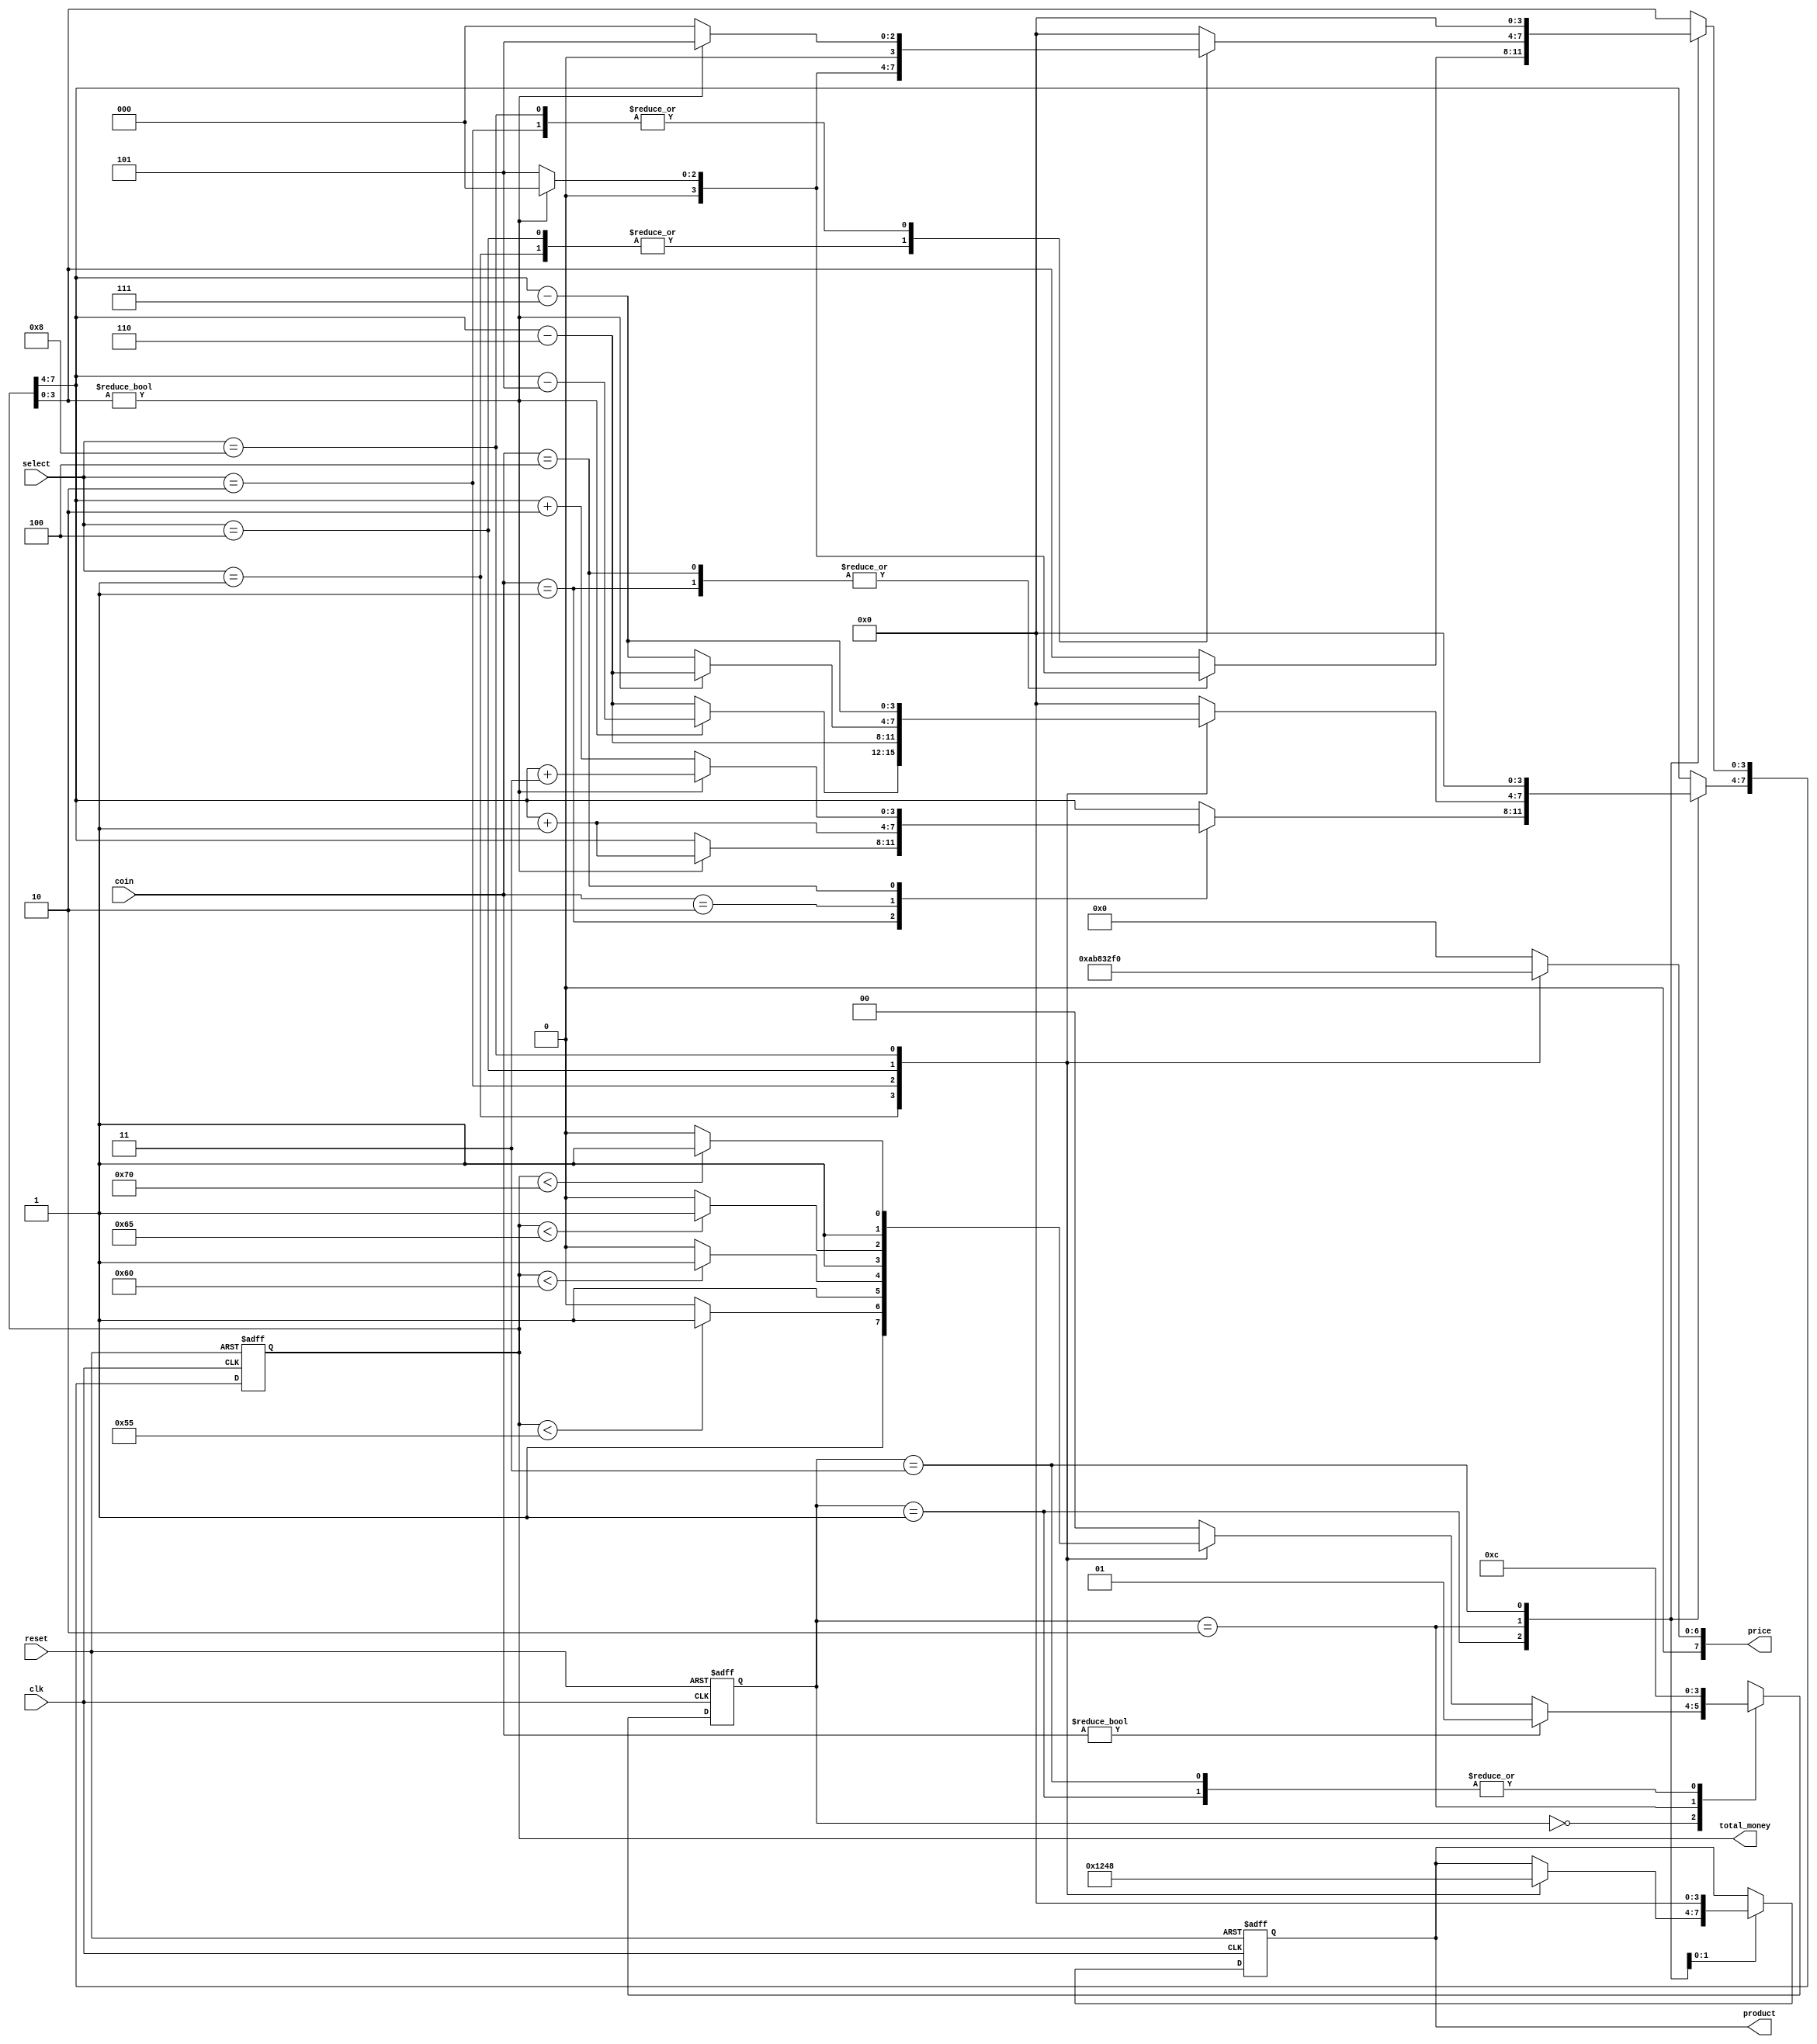
`timescale 1ns / 1ps

// Module Name:    VendingMachine

 
//    Design for a vending machine controller circuit that takes
//    as inputs product selection and coins and, provides cash balance and a
//    requested product as outputs, then displays them on the FPGA board.
//    The design of this sequential digital circuit uses the finite state
//    machine (FSM) model.

//    The vending machine has a coin-in mechanism that can accept nickels, dimes, and quarters.
//    Assume that a pulse is generated when a coin is entered. Use BTNL, BTNC, and BTNR for
//    the coins. (BTNU or BTND can be used as a master reset but note that the system should
//    automatically reset after dispensing a product.)
//    Use two of the 7-segment LED displays to display the total amount entered, which can be as
//    high as 35. If the customer deposits more than 35, the vending machine controller only
//    registers 35.
//    The vending machine has four products, costing 15, 20, 25, and 30. Use the slider switches
//    (SW0 through SW3) to select one of the products.
//    Use the remaining two 7-segment LED displays to display the cost of the product selected.
//    If the required amount (or more) has been entered, the machine should provide the product
//    (turn on the corresponding LD0 through LD3 to indicate that the product is being dispensed).
//    After a vending machine dispenses a product, it also releases the balance amount as change.
//    Use the two 7-digit displays which show the amount entered to display the change given back.
//    After the change is dispensed, the LED returns to off and the balance returns to 0.

//////////////////////////////////////////////////////////////////////////////////

module VendingMachine(
    input clk,
    input reset,
    input [2:0] coin,
    input [3:0] select,
    output reg [7:0] price,
    output reg [7:0] total_money,
    output reg [3:0] product
    );


	parameter [1:0] S0 = 2'b00,//IDLE
						 S1 = 2'b01,//Count Money
						 S2 = 2'b10,//Dispense Product
						 S3 = 2'b11;// Dispense Change
			
	parameter [7:0] P0 = 8'b01010101,//55
						 P1 = 8'b01100000,//60
						 P2 = 8'b01100101,//65
						 P3 = 8'b01110000;//70
						 
	/*parameter [7:0] C0 = 8'b00000101,//nickel 5
						 C1 = 8'b00010000,//dime 10
						 C2 = 8'b00100101;//quarter 25
	*/

   reg [1:0] state,next_state;

	always @(*)
		case(select)
			4'b0001:
				price <= P0;
			4'b0010:
				price <= P1;
			4'b0100:
				price <= P2;
			4'b1000:
				price <= P3;
			default: price <= 8'd0;
		endcase
	
	always @(posedge clk or posedge reset)
		if (reset) state <= S0;
		else state <= next_state;
		
	always @(*)
		begin
		next_state = S0;
		case (state)
			S0:
				if (coin) next_state = S1;
				else 
					case (select) 
						4'b0001:
							if (total_money < P0) next_state = S3;
							else next_state = S2;
						4'b0010:
							if (total_money < P1) next_state = S3;
							else next_state = S2;
						4'b0100:
							if (total_money < P2) next_state = S3;
							else next_state = S2;
						4'b1000:
							if (total_money < P3) next_state = S3;
							else next_state = S2;
						default: next_state = S0;
					endcase
			S1:
				next_state = S0;
			S2:
				next_state = S3;
			S3: 
				next_state = S0;
			default: next_state = S0;
		endcase
		end
	
		
	always @(posedge clk or posedge reset)
		if (reset)
			begin	
			total_money <= 7'd0;
			product <= 4'b0000;
			end
		else begin
			case(state)
				//S0:
				S1:
					case(coin)
						3'b001:
							if (total_money[3:0]) begin
								total_money[3:0] <= 4'b0000; 
								total_money[7:4] <= total_money[7:4] + 1'b1;
								end
							else total_money <= {total_money[7:4],4'b0101};
						3'b010:
							total_money[7:4] <= total_money[7:4] + 1'b1;
						3'b100:
							if (total_money[3:0]) begin
								total_money[3:0] <= 4'b0000; 
								total_money[7:4] <= total_money[7:4] + 2'b11;
								end
							else begin
								total_money[7:4] <= total_money[7:4] + 2'b10;
								total_money[3:0] <= 4'b0101;
							end
						default:
							total_money <= total_money;
					endcase
				S2:
					case(select)
						4'b0001:
							begin
							product <= 4'b0001;
							if (total_money[3:0]) begin
								total_money[3:0] <= 4'b0000;
								total_money[7:4] <= total_money[7:4] - 3'b101;
								end
							else begin
								total_money[3:0] <= 4'b0101;
								total_money[7:4] <= total_money[7:4] - 3'b110;
							end
							end
						4'b0010:
							begin
							product <= 4'b0010;
							total_money[7:4] <= total_money[7:4] - 3'b110;
							if (total_money[3:0]) begin
								total_money[3:0] <= 4'b0101;
								end
							else begin
								total_money[3:0] <= 4'b0000;
							end
							end
						4'b0100:
							begin
							product <= 4'b0100;
							if (total_money[3:0]) begin
								total_money[3:0] <= 4'b0000;
								total_money[7:4] <= total_money[7:4] - 3'b110;
								end
							else begin
								total_money[3:0] <= 4'b0101;
								total_money[7:4] <= total_money[7:4] - 3'b111;
							end
							end
						4'b1000:
							begin
							product <= 4'b1000;
							total_money[7:4] <= total_money[7:4] - 3'b111;
							if (total_money[3:0]) begin
								total_money[3:0] <= 4'b0101;
								end
							else begin
								total_money[3:0] <= 4'b0000;
							end
							end
						default: total_money <= 4'b0000;
					endcase
				S3:
					begin
					total_money <= 8'd0;
					product <= 4'b0000;
					end
				endcase
			end
					
							
							

							
				 
			

endmodule